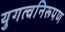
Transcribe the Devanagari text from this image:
युगत्वनिरूपण